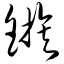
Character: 镞